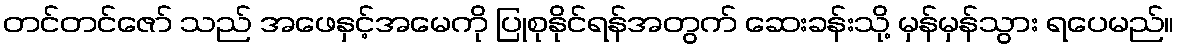
တင်တင်ဇော် သည် အဖေနှင့်အမေကို ပြုစုနိုင်ရန်အတွက် ဆေးခန်းသို့ မှန်မှန်သွား ရပေမည်။